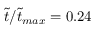
\tilde { t } / \tilde { t } _ { m a x } = 0 . 2 4